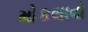
મોકલાવો